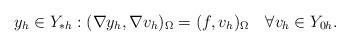
LaTeX: \begin{align*} y_h\in Y_{*h}:(\nabla y_h,\nabla v_h)_\Omega = (f,v_h)_\Omega\quad\forall v_h\in Y_{0h}.\end{align*}